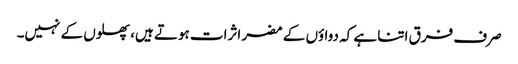
صرف فرق اتنا ہے کہ دواؤں کے مضر اثرات ہوتے ہیں، پھلوں کے نہیں۔